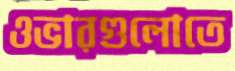
ওভারগুলোতে